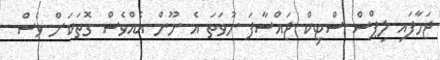
ޖަހާފައި ލިޕްސް ސްޓިކް ޖައްސާފަ ނުވަތަ އެ ނޫން އެއްވެސް ގޮތަކަށް ވެސް.